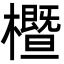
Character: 櫭